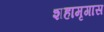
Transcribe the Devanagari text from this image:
शहामृगास